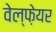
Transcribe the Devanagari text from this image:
वेल्फ़ेयर